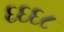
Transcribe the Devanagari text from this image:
६६६८